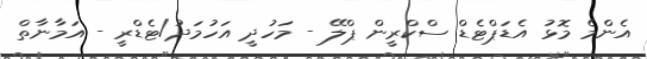
އެންމެ މޮޅު އެޑަޕްޓެޑް ސްކްރީން ޕްލޭ - މަހުދީ އަހުމަދު/ޓެޑްރީ - އަމާނާތް